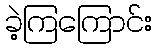
ခဲ့ကြကြောင်း